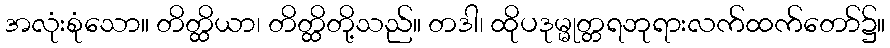
အလုံးစုံသော။ တိတ္ထိယာ၊ တိတ္ထိတို့သည်။ တဒါ၊ ထိုပဒုမ္မုတ္တရဘုရားလက်ထက်တော်၌။